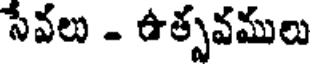
సేవలు - ఉత్పవములు